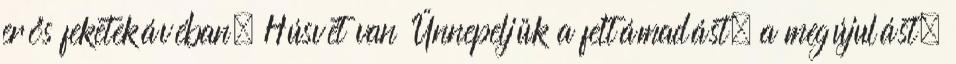
erős feketekávéban. Húsvét van Ünnepeljük a feltámadást, a megújulást,